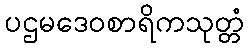
ပဌမဒေဝစာရိကသုတ္တံ